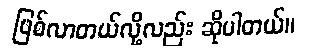
ဖြစ်လာတယ်လို့လည်း ဆိုပါတယ်။